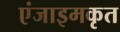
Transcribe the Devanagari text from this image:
एंजाइमकृत